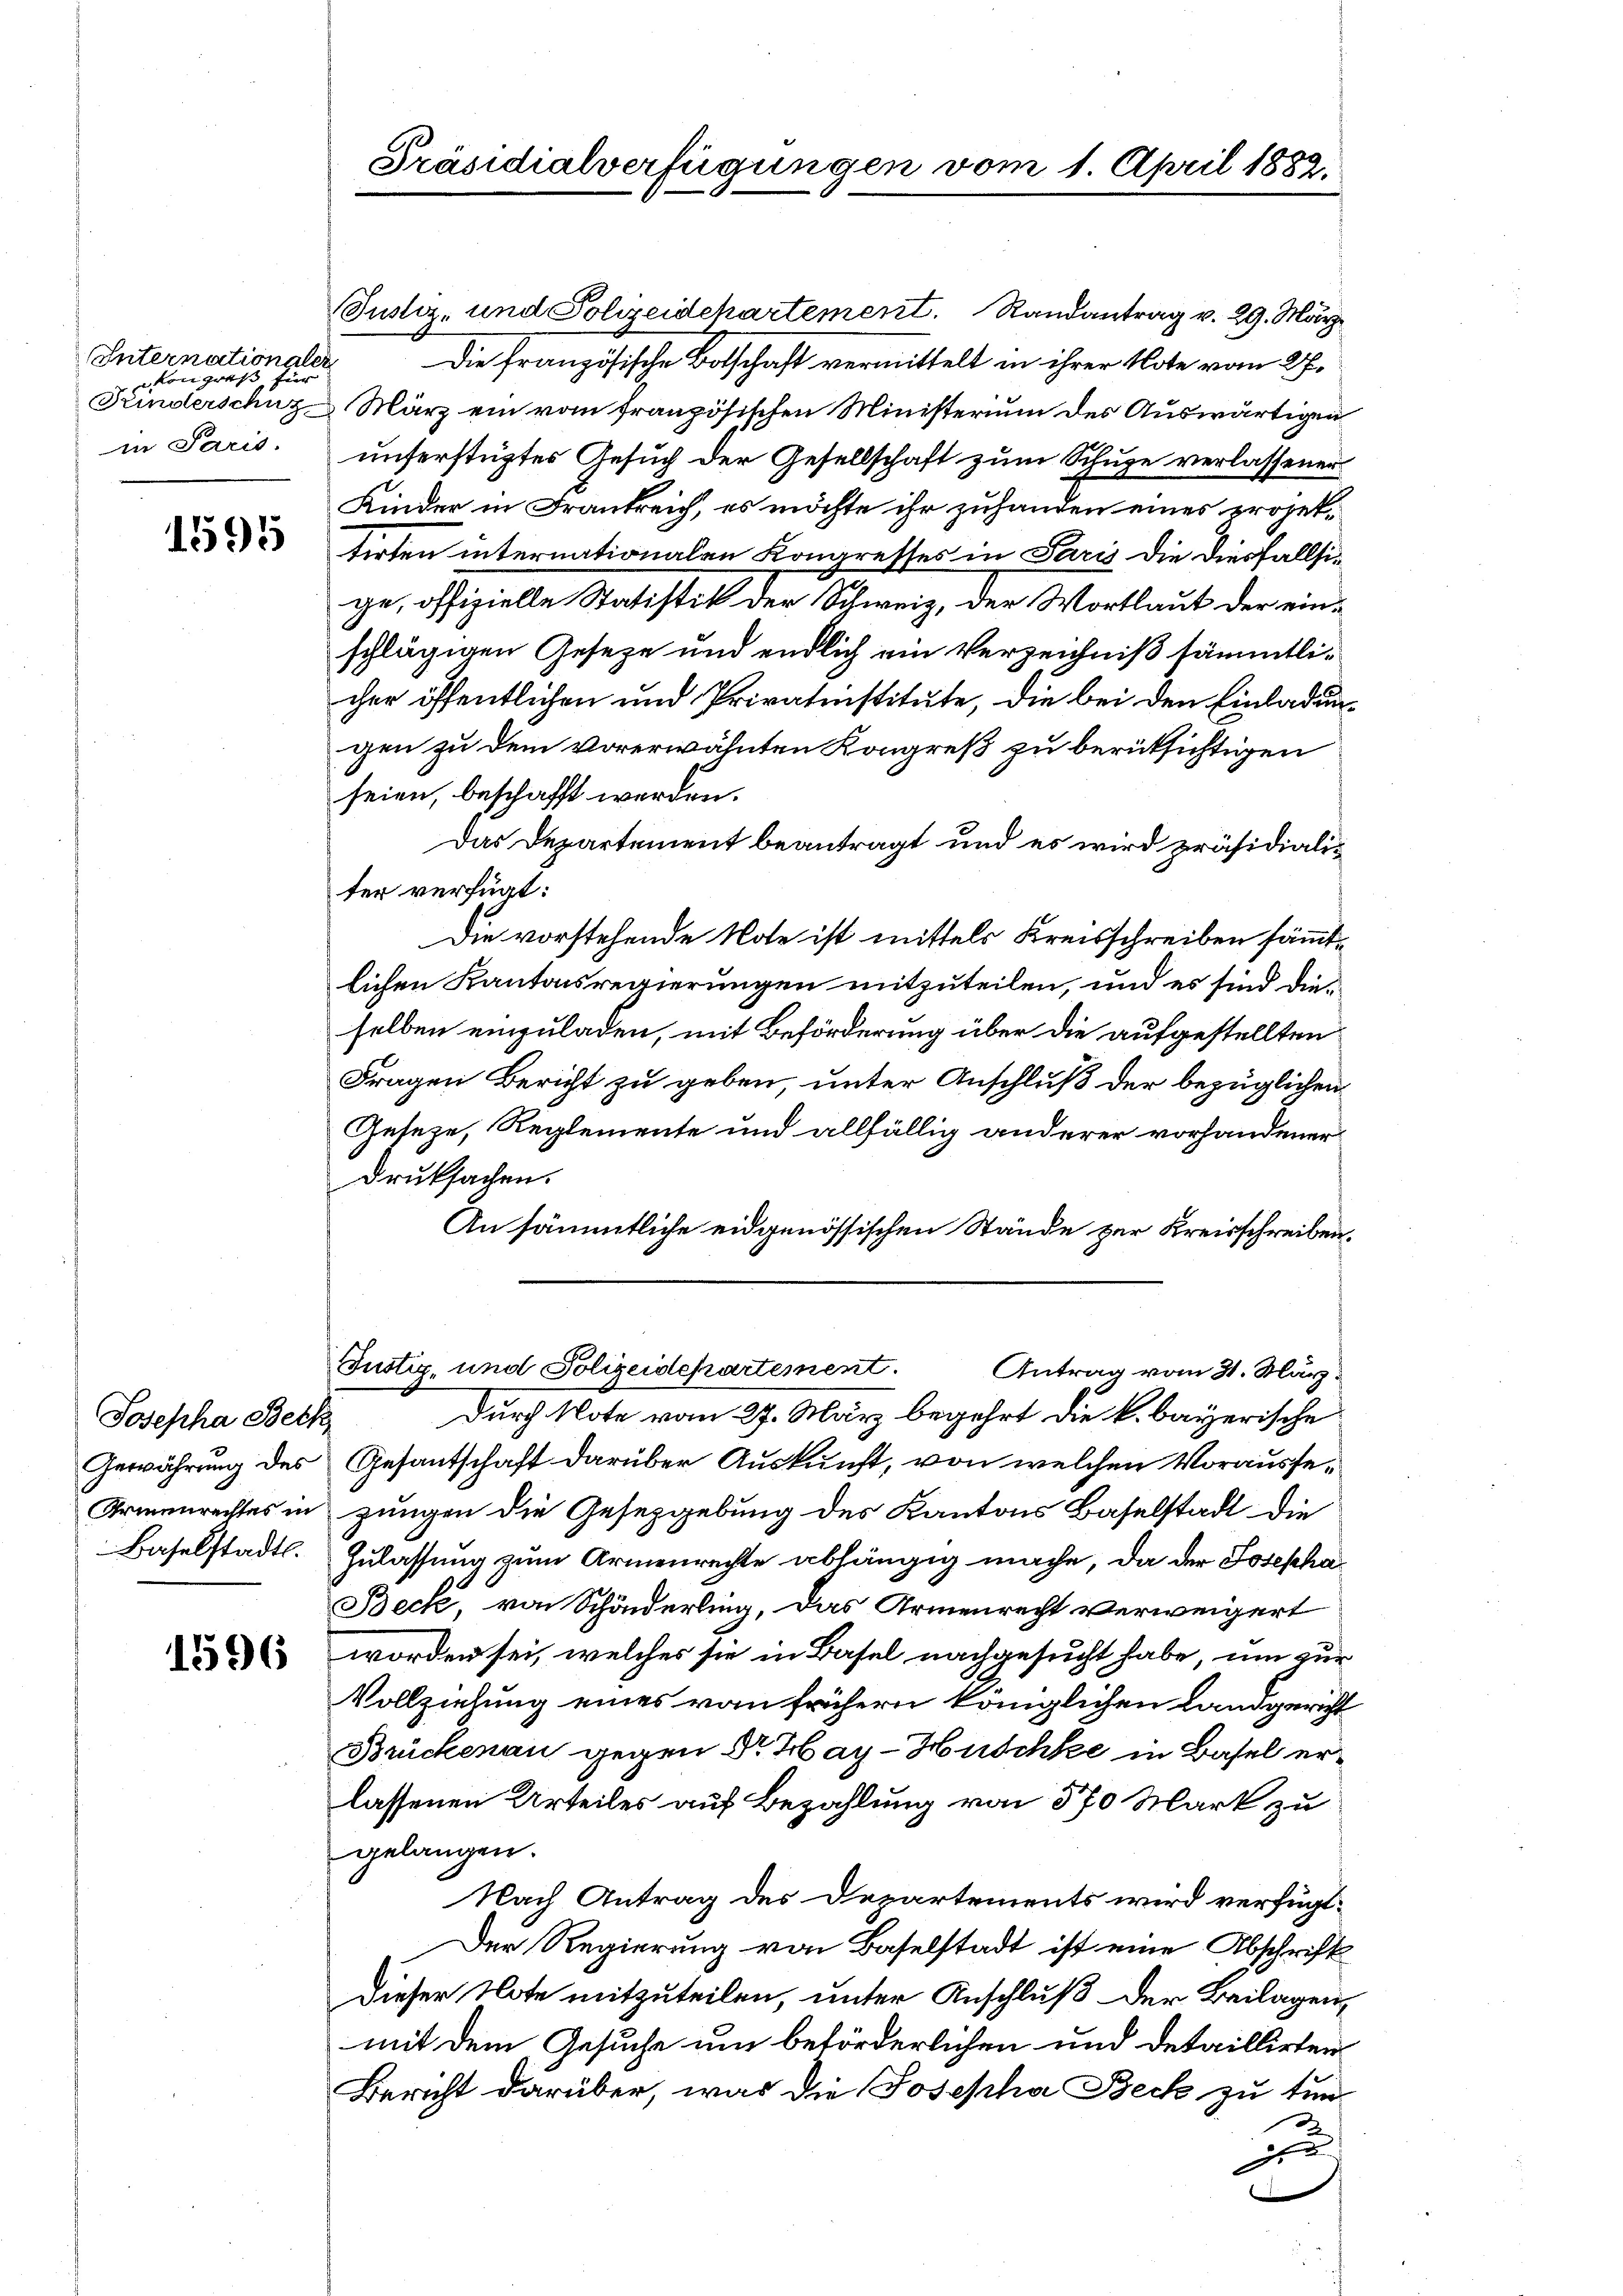
Internationaler
kongreß für
in Paris.

1595

Josepha Beck
Gewährung des
Baselstadtl.

1596

Justiz- und Polizeidepartement. Randantrag v. 29. März

Präsidialverfügungen vom 1. April 1882.

Die französische Botschaft vermittelt in ihrer Note vom 27.
Kinderschuz März ein vom französischen Ministerium des Auswärtigen
unserstüztes Gesuch der Gesellschaft zum Schuge verlassenen
Kinder in Frankreich, es möchte ihr zuhanden eines projektirten internationalen Kongresses in Paris die diesfallsige, offizielle Statistik der Schweiz, der Wortlaut der einschlägigen Geseze und endlich ein Verzeichniß sämmtlicher öffentlichen und Privatinstitute, die bei den Einladungen zu dem vorerwähnten Kongreß zu berüksichtigen
seien, beschafft werden.
Das Departement beantragt und es wird präsidialiter verfügt:
Die vorstehende Note ist mittels Kreisschreiben sämmtlichen Kantonsregierungen mitzuteilen, und es sind dieselben einzuladen, mit Beförderung über die aufgestellten
Fragen Bericht zu geben, unter Anschluß der bezüglichen
Geseze, Reglemente und allfällig anderer vorhandener
druksachen.
An sämmtliche eidgenössischen Stände zur Kreisschreiben.
Justiz- und Polizeidepartement. Antrag vom 31. März
Durch Note vom 27. März begehrt die k. bayerische
Gesantschaft darüber Auskunft, von welchen Vorausse¬
Armenrechtes in jungen die Gesetzgebung des Kantons Baselstadt die
Zulassung zum Armenrechte abhängig mache, da der Josepha
Beck, von Schönderling, das Armenrecht verweigert
worden sei, welches sie in Basel nachgesucht habe, um zur
Vollziehung eines von frühern königlichen Landgericht
Brückenau gegen Dr. Hay-Huschke in Basel erlassenen Urteiles auf Bezahlung von 870 Mark zu
gelangen.
Nach Antrag des Departements wird verfügt:
Der Regierung von Baselstadt ist eine Abschrift
Dieser Note mitzuteilen, unter Anschluß der Beilagen,
mit dem Gesuche und beförderlichen und detaillirten
Bericht darüber, was die Josepha Beck zu tunz